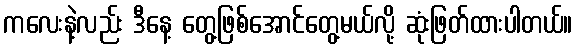
ကလေးနဲ့လည်း ဒီနေ့ တွေ့ဖြစ်အောင်တွေ့မယ်လို့ ဆုံးဖြတ်ထားပါတယ်။